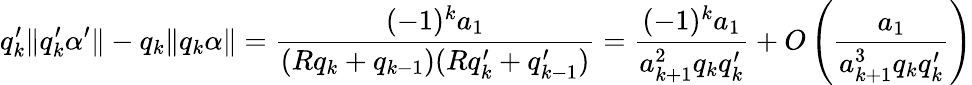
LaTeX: q_{k}^{\prime}\| q_{k}^{\prime}\alpha^{\prime}\| -q_{k}\| q_{k}\alpha\| =\frac{(-1)^{k}a_{1}}{(Rq_{k}+q_{k-1})(Rq_{k}^{\prime}+q_{k-1}^{\prime})}=\frac{(-1)^{k}a_{1}}{a_{k+1}^{2}q_{k}q_{k}^{\prime}}+O\left(\frac{a_{1}}{a_{k+1}^{3}q_{k}q_{k}^{\prime}}\right)